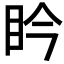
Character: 𥄯